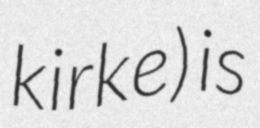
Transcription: kirke) is